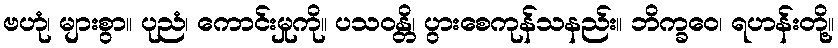
ဗဟုံ၊ များစွာ။ ပုညံ၊ ကောင်းမှုကို။ ပသဝန္တိ၊ ပွားစေကုန်သနည်း။ ဘိက္ခဝေ၊ ရဟန်းတို့။